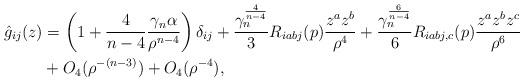
LaTeX: \begin{align*}\hat{g}_{ij}(z)&=\left( 1 + \frac{4}{n-4}\frac{\gamma_n\alpha}{\rho^{n-4}} \right)\delta_{ij} + \frac{\gamma^{\frac{4}{n-4}}_n}{3}R_{iabj}(p)\frac{z^az^b}{\rho^4} + \frac{\gamma^{\frac{6}{n-4}}_n}{6}R_{iabj,c}(p)\frac{z^az^bz^c}{\rho^6} \\&+ O_4(\rho^{-(n-3)}) + O_4(\rho^{-4}),\end{align*}